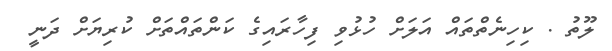
ލޫތު . ކިހިނެތްތައް އަލަށް ހުޅުވި ފިހާރައިގެ ކަންތައްތަށް ކުރިޔަށް ދަނީ